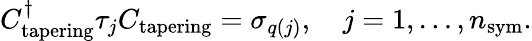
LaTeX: C_{\mathrm{tapering}}^{\dagger}\tau_{j}C_{\mathrm{tapering}}=\sigma_{q(j)},\quad j=1,\dots,n_{\mathrm{sym}}.